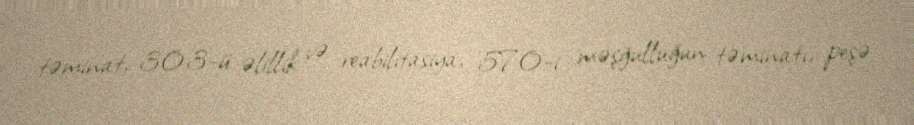
təminat, 303-ü əlillik və reabilitasiya, 570-i məşğulluğun təminatı, peşə